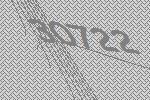
30722